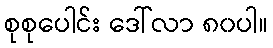
စုစုပေါင်း ဒေါ်လာ ၈၀ပါ။